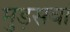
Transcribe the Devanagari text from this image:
मुड़सवां